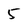
Character: 5